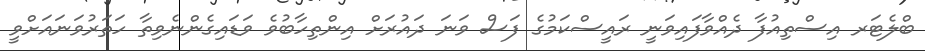
ބްލެޓަރ އިސްތިއުފާ ދެއްވާފައިވަނީ ރައީސްކަމުގެ ފަސް ވަނަ ދައުރަށް އިންތިހާބުވެ ވަޑައިގެންނެވިތާ ހަތަރުވަނައަށްވީ